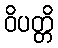
ဝိပတ္တိ